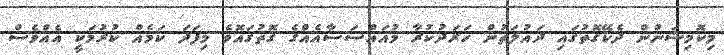
މިކޮމިޝަނުން ދެކޭގޮތުގައި ދައުލަތުން ޚަރަދުކުރާ މުއައްސަސާއެއްގެ ގޮތުގައޮވެ މިފަދަ ކަމެއް ކުރުމަކީ އެއްވެސް